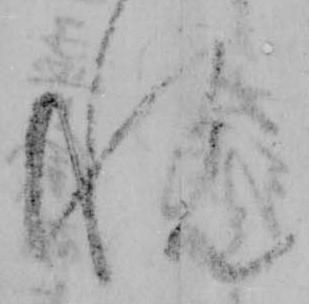
悦